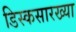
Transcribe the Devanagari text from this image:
डिस्कसारख्या